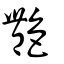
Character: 艷